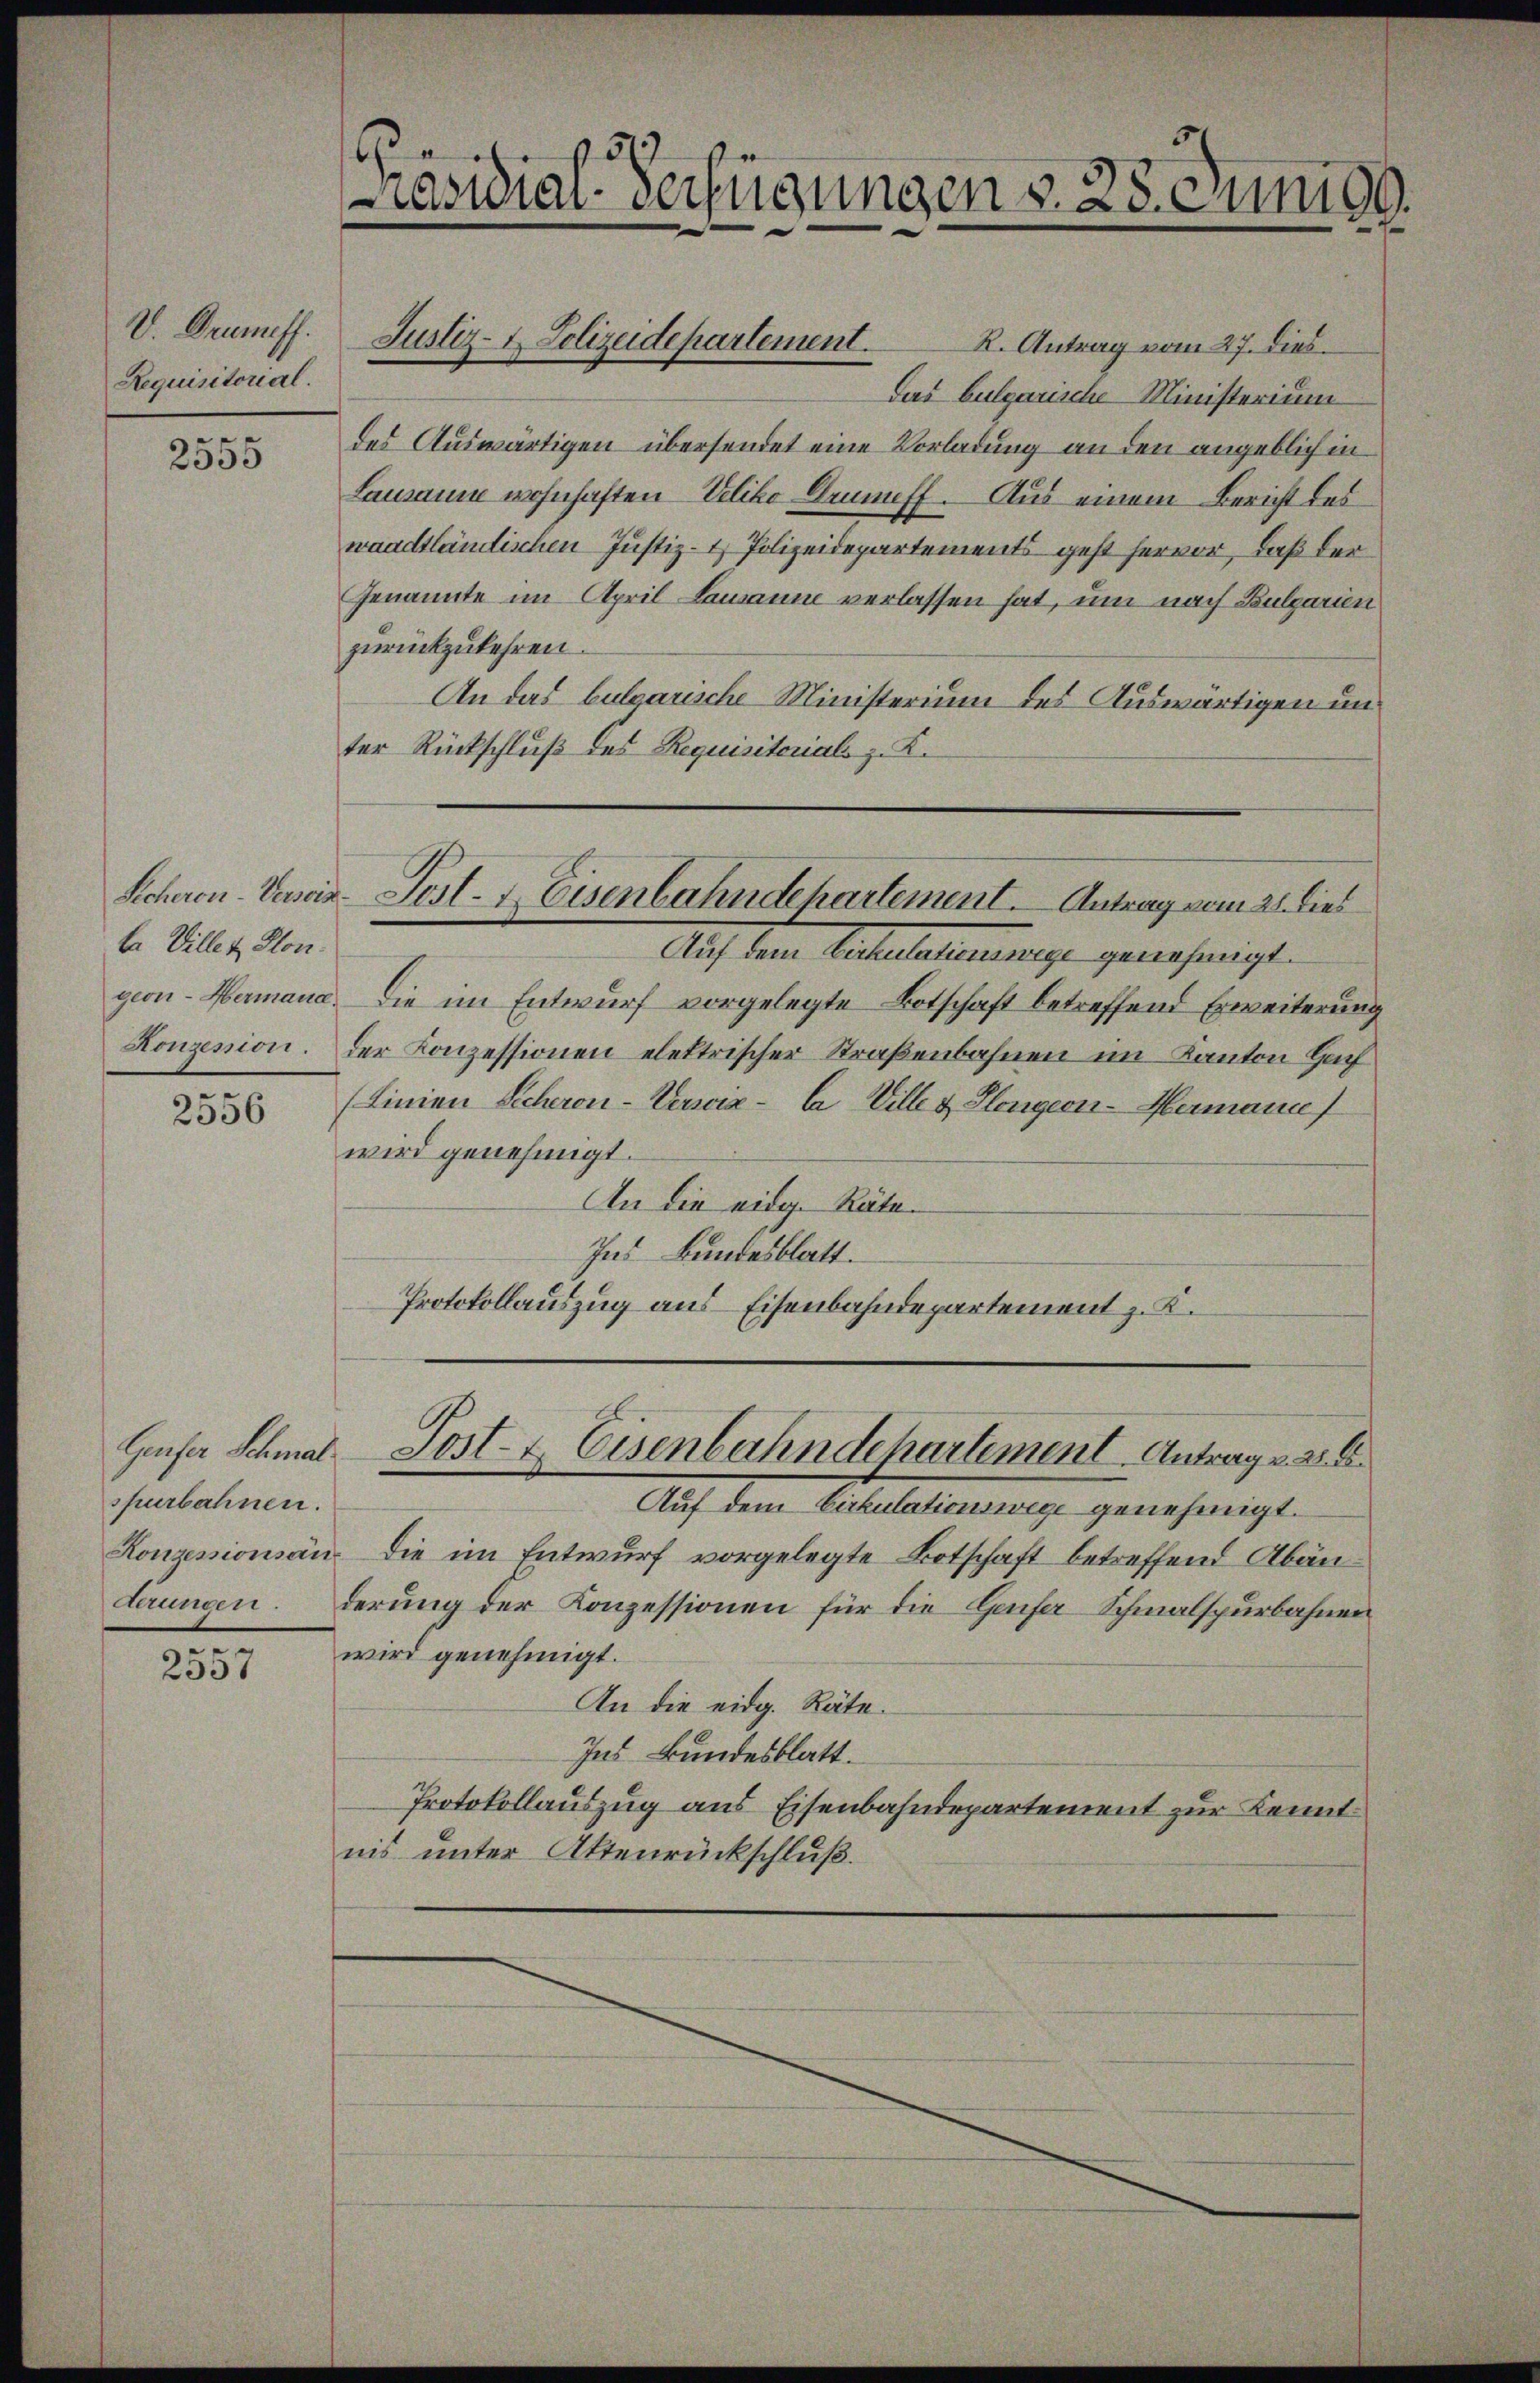
V. Gruneff.
Requisitorial.

2555

la Viller Plon.

2556

spurbahnen.
derungen

.
2537

R. Antrag vom 27. Dies
Das bulgarische Ministerium
des Auswärtigen übersendet eine Vorladung an den angeblich in
Lausanne wohnhaften Veliko Ornuff. Aus einem Bericht des
waadtländischen Justiz- & Polizeidepartements geht hervor, daß der
Genannte im April Lausanne verlassen hat, um nach Bulgarien
zurückzukehren.
An das bulgarische Ministerium des Auswärtigen unter Rückschluß des Requisitorials z. K.
Scheren-Versein Post- & Eisenbahndepartement. Antrag vom 21. dies
Auf dem Petentalienige genehmigt.
geon-Hermana. Die im Entwurf vorgelegte Botschaft betreffend Erweiterung
Konzession. Der Konzessionen elektrischer Straßenbahnen im Kanton Hoch
(Linien Scheren-Verscia - la Ville & Klangern-Hermann
wird genehmigt.
An die eidg. Räte¬
Ins Bundesblatt.
Protokollauszug aus Eisenbahndepartement z. K.

[Präsidial-Verfügungen v. 25. Juni 99.

Justiz- & Polizeidepartement.

Auf dem Cirkulationswege genehmigt.
Konzessionsän die im Entwurf vorgelegte Botschaft betreffend Abänderung der Konzessionen für die Geise Schmalspurbahnen
wird genehmigt.
An die eidg. Räte.
Ins Bundesblatt.
Protokollauszug aus Eisenbahndepartement zur Kenntnis unter Aktenrückschluß.

Gefer Schmal Post- & Eisenbahndepartement Antrage 26.